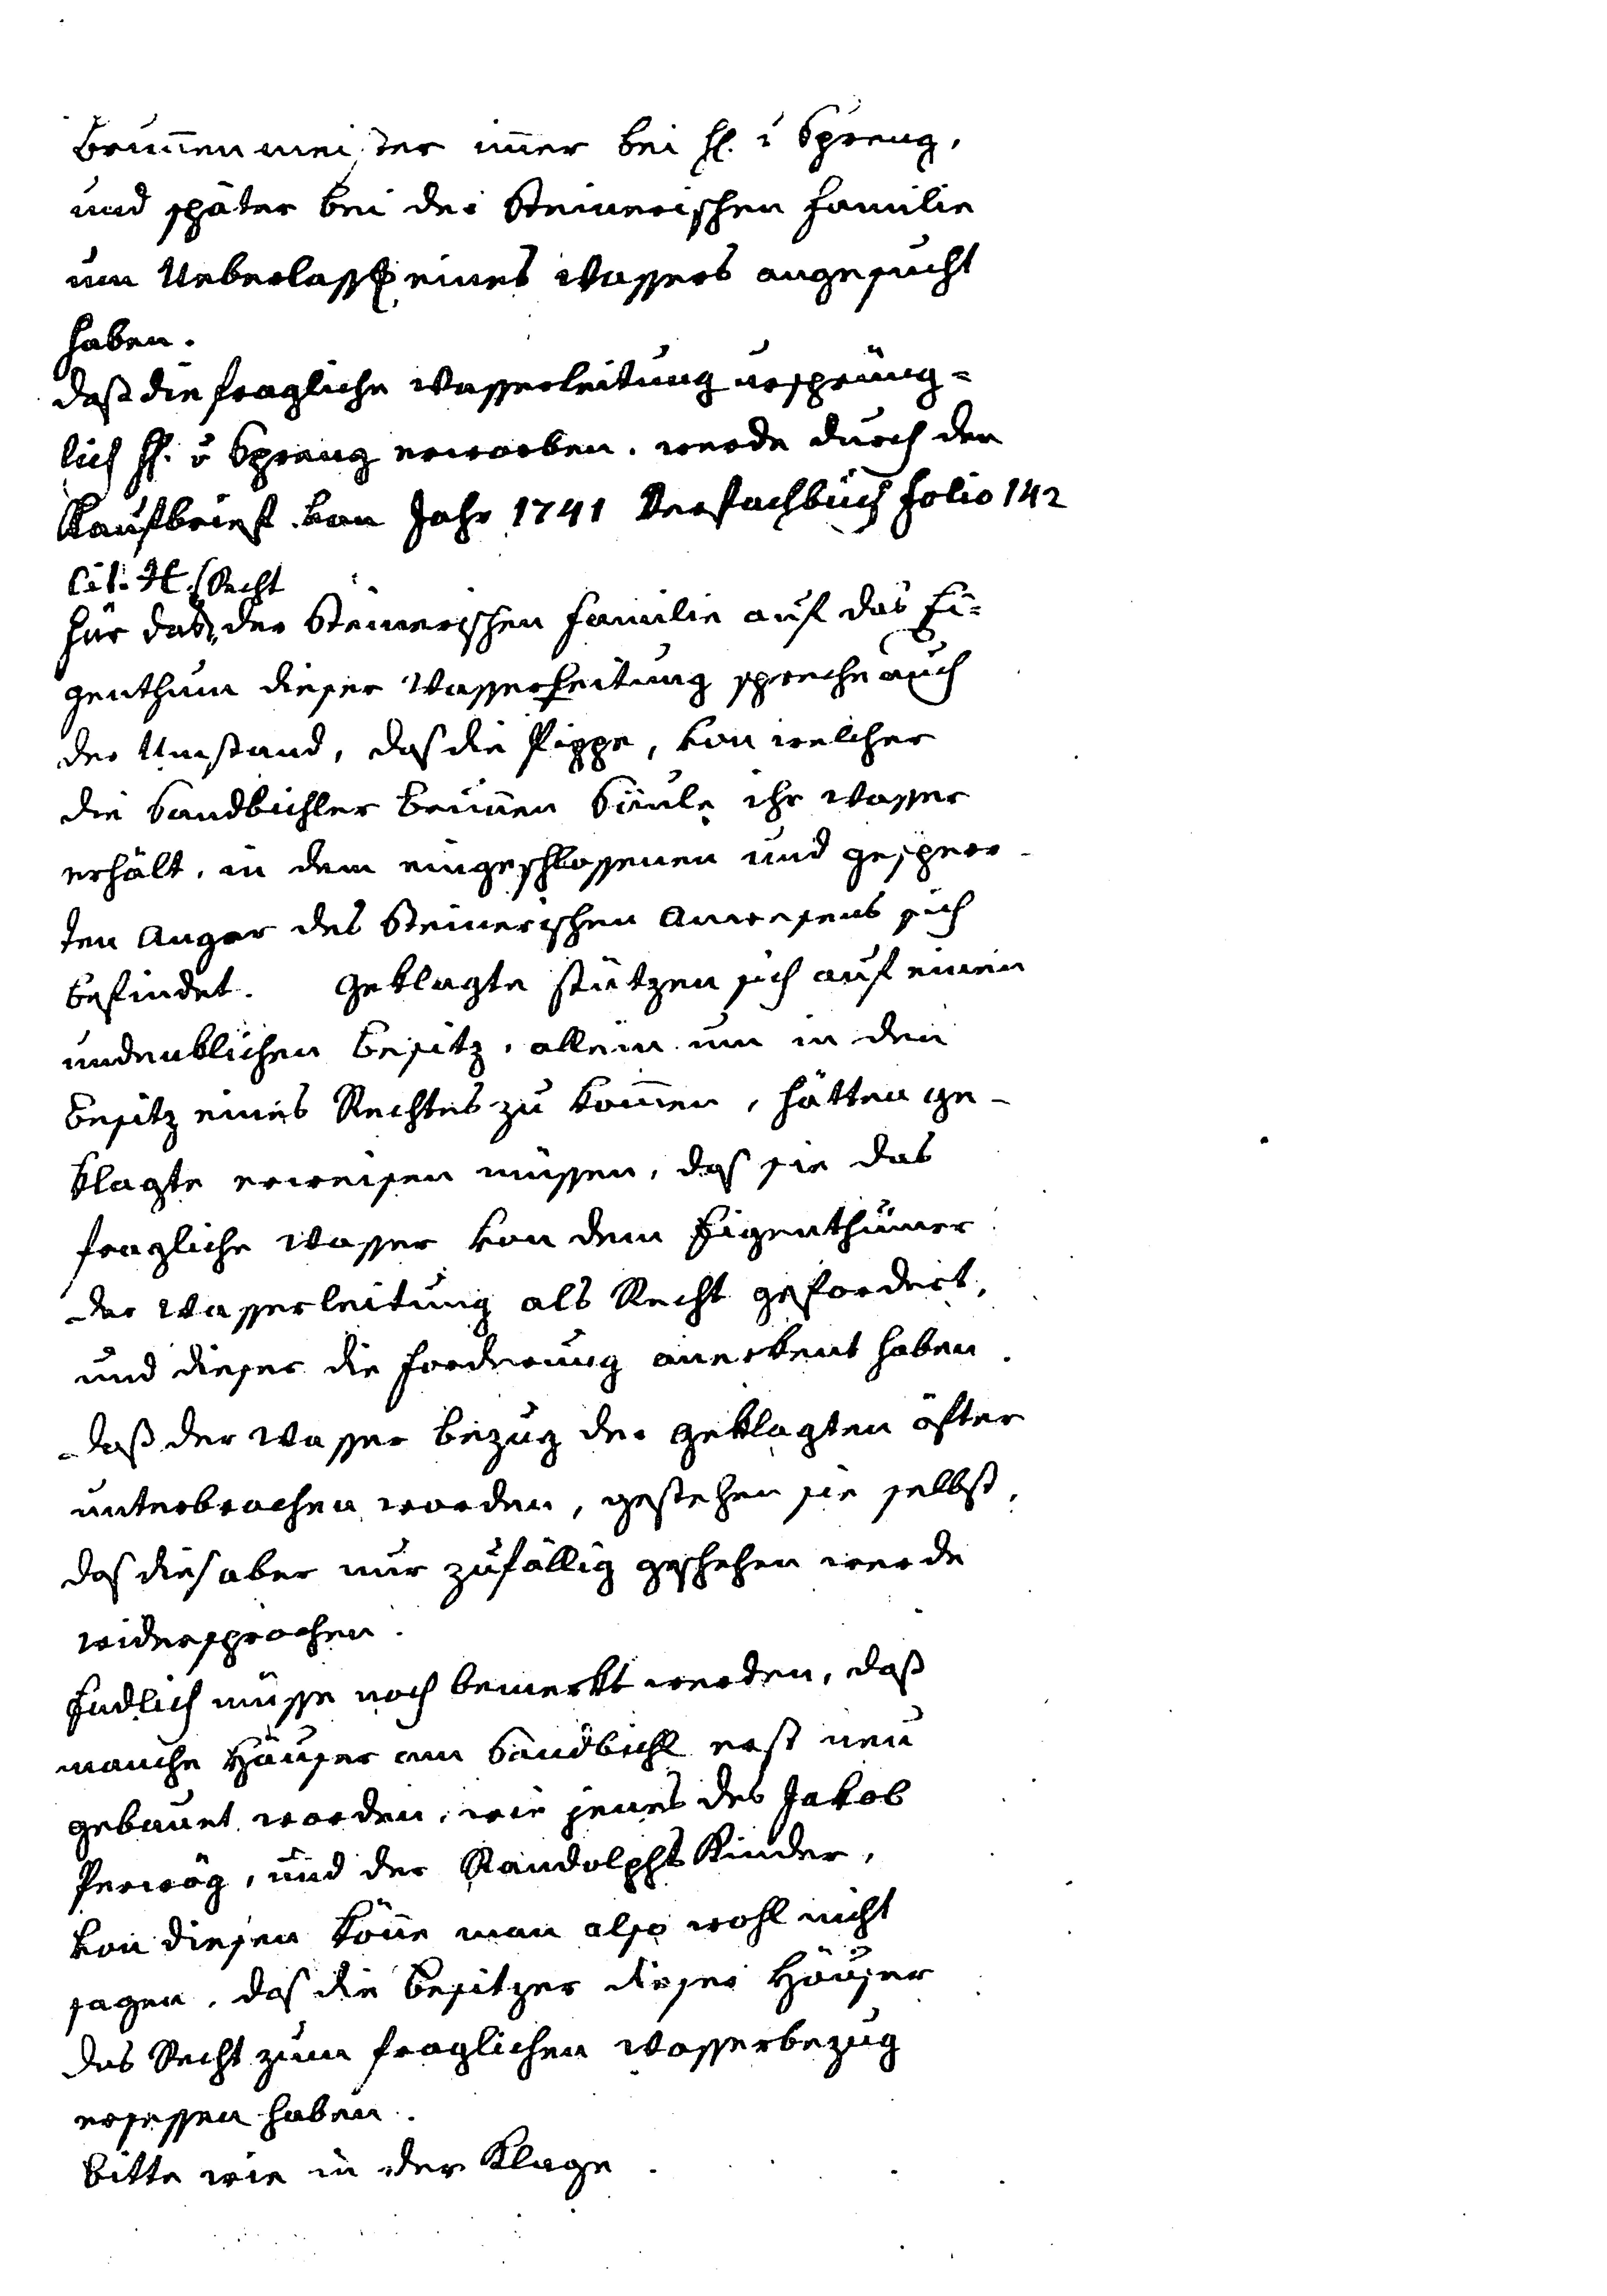
Brunnenmeister immer bei H v. Spreng,
und später bei der Steinerischen Familie
um Ueberlass eines Wassers angesucht
habe.
Daß die fragliche Wasserleitung ursprüng¬
lich H v. Spreng erworben, wurde durch den
Kaufbrief von Jahre 1741 Verfachbuch folio 142
Lit. H. f Recht
Für das, der Steinerischen Familie auf das Ei¬
genthum dieser Wasserleigung spreche auch
der Umstand, daß die Pippe, von welcher
die Sandbichler Brunnen Säule ihr Wasser
erhält, in dem eingeschlossenen und gesperr¬
ten Anger des Steinersichen Anwesens sich
befindet. Geklagte stützen sich auf einen
undenklichen Ersitz, alleine um in den
Besitz eines Rechtes zu kommen, hätten Ge¬
klagte erweisen müssen, daß sie das
fragliche Wasser von dem Eigenthümer
der Wasserleitung als Recht gefordert,
und dieser die Forderung anerkent haben.
Daß der Wasser Bezug der Geklagten öfter
unterbrochen worden, gestehen sie selbst,
daß dies aber nur zufällig geschehen werde
widersprochen.
Endlich müsse noch bemerkt werden, daß
manche Häuser am Sandbichl erst neu
bebauet worden, wie jenes des Jakob
Perwög, und der Randolphs Kinder,
von diesen könne man also wohl nicht
sagen, daß die Besitzer dieser Häuser
das Recht zum fraglichen Wasserbezug
ersessen haben.
Bitte wie in der Klage.